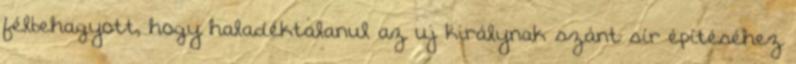
félbehagyott, hogy haladéktalanul az uj királynak szánt sír építéséhez